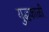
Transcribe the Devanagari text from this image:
युद्धकाळी